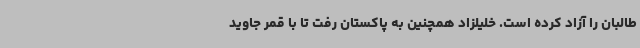
طالبان را آزاد کرده است. خلیلزاد همچنین به پاکستان رفت تا با قمر جاوید